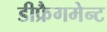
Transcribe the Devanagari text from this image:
डीफ्रैगमेन्ट